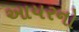
આયરનો